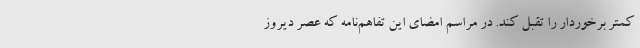
کمتر برخوردار را تقبل کند. در مراسم امضای این تفاهم‌نامه که عصر دیروز